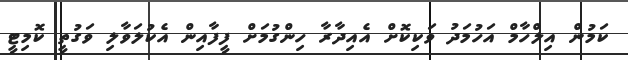
ކަމުން އިލްހާމް އަހުމަދު ވަކިކޮށް އެއިދާރާ ހިންގުމަށް ފީފާއިން އެކުލަވާލި ވަގުތީ ކޮމިޓީ